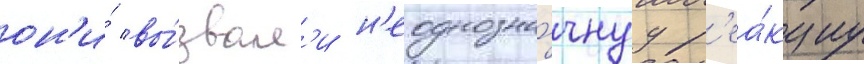
он'и́ вы́звал'и н'еоднозна́чнуу р'еа́кциу